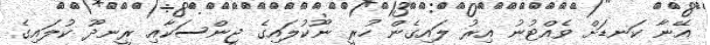
އޭނާ ކަނޑަށް ވެއްޓުނު އިރު ލައިގެން ހުރީ ނޫކުލައިގެ ޖީންސަކާއި ރީނދޫ ކުލައިގެ